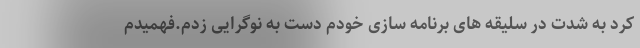
کرد به شدت در سلیقه های برنامه سازی خودم دست به نوگرایی زدم.فهمیدم